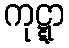
ကုဋ္ဋာ